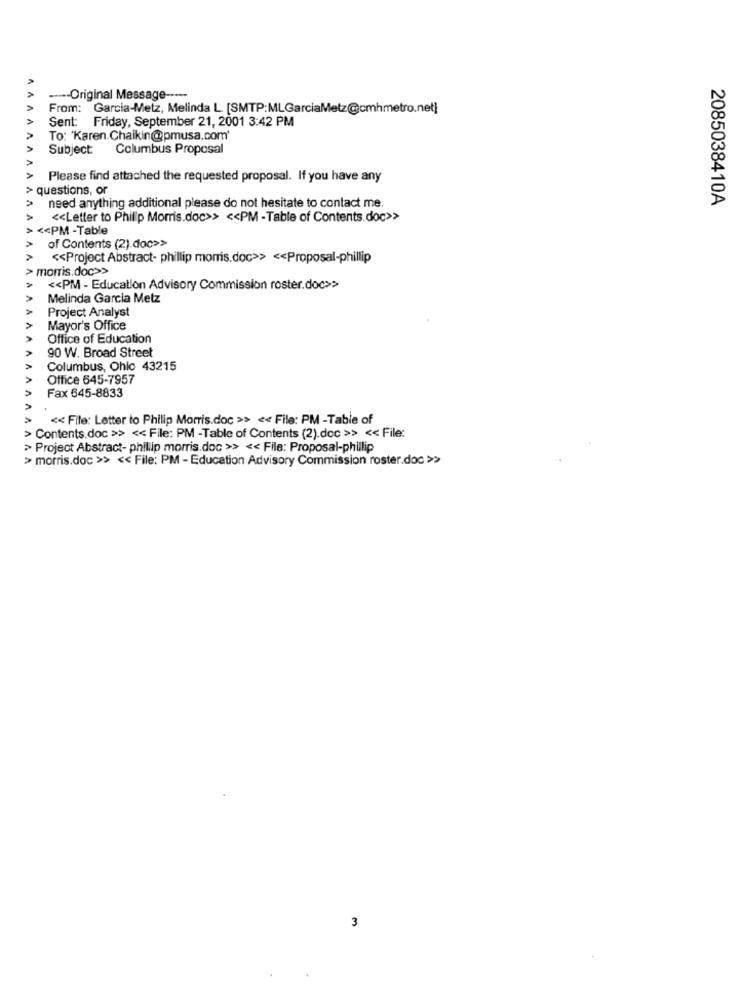
---- Original Message -----
From: Garcia-Metz, Melinda L [SMTP:MLGarciaMetz@cmhmetro.net]
Sent: Friday, September 21, 2001 3:42 PM
To: 'Karen.Chalkin@pmusa.com'
Subject:
Columbus Proposal
Please find attached the requested proposal. If you have any
> questions, or
2085038410A
need anything additional please do not hesitate to contact me.
<< Letter to Phillip Morris.doc>> << PM -Table of Contents.doc>>
<< PM -Table
of Contents (2).doc>>
<< Project Abstract- phillip morris.doc>> << Proposal-phillip
> morris.doc>>
<< PM - Education Advisory Commission roster.doc>>>>
Melinda Garcia Metz
Project Analyst
Mayor's Office
Office of Education
90 W. Broad Street
Columbus, Ohio 43215
Office 645-7957
Fax 645-8833
<< File: Letter to Philip Morris.doc >> << File: PM -Table of
> Contents.doc >> << File: PM -Table of Contents (2).doc >> << File:
> Project Abstract- phillip morris.doc >> << File: Proposal-phillip
> morris.doc >> << File: PM - Education Advisory Commission roster.doc >>
3